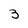
Character: 3